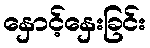
နှောင့်နှေးခြင်း